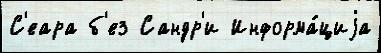
С'еара б'ез Сандр'и Информа́циjа